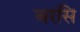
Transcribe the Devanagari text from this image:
बरसि